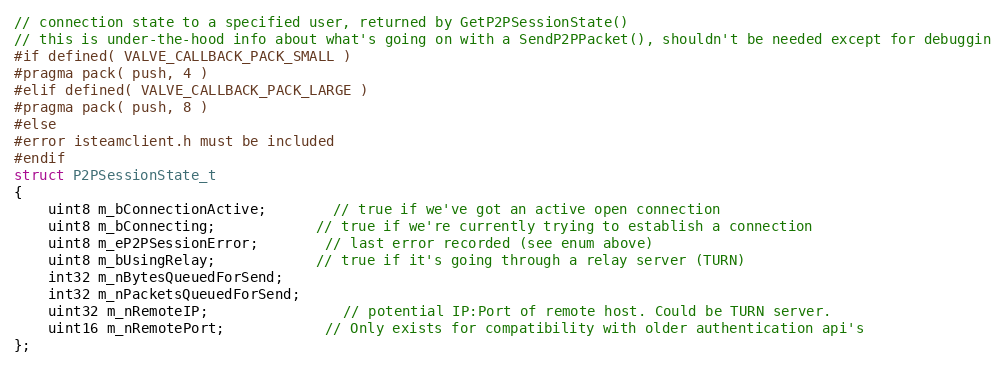
Language: C
// connection state to a specified user, returned by GetP2PSessionState()
// this is under-the-hood info about what's going on with a SendP2PPacket(), shouldn't be needed except for debuggin
#if defined( VALVE_CALLBACK_PACK_SMALL )
#pragma pack( push, 4 )
#elif defined( VALVE_CALLBACK_PACK_LARGE )
#pragma pack( push, 8 )
#else
#error isteamclient.h must be included
#endif
struct P2PSessionState_t
{
	uint8 m_bConnectionActive;		// true if we've got an active open connection
	uint8 m_bConnecting;			// true if we're currently trying to establish a connection
	uint8 m_eP2PSessionError;		// last error recorded (see enum above)
	uint8 m_bUsingRelay;			// true if it's going through a relay server (TURN)
	int32 m_nBytesQueuedForSend;
	int32 m_nPacketsQueuedForSend;
	uint32 m_nRemoteIP;				// potential IP:Port of remote host. Could be TURN server.
	uint16 m_nRemotePort;			// Only exists for compatibility with older authentication api's
};